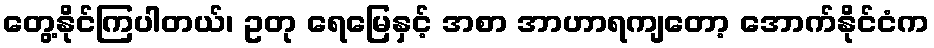
တွေ့နိုင်ကြပါတယ်၊ ဥတု ရေမြေနှင့် အစာ အာဟာရကျတော့ အောက်နိုင်ငံက